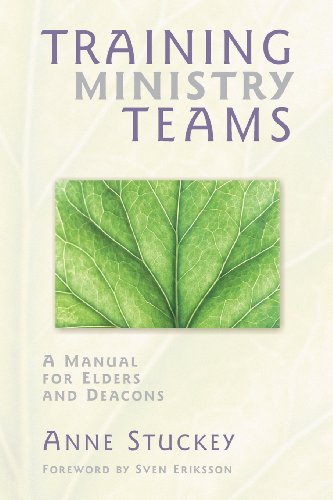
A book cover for Training Ministry Teams: A Manual for Elders and Deacons; Foreword by Sven Eriksson; Anne Stuckey; Christian Books & Bibles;